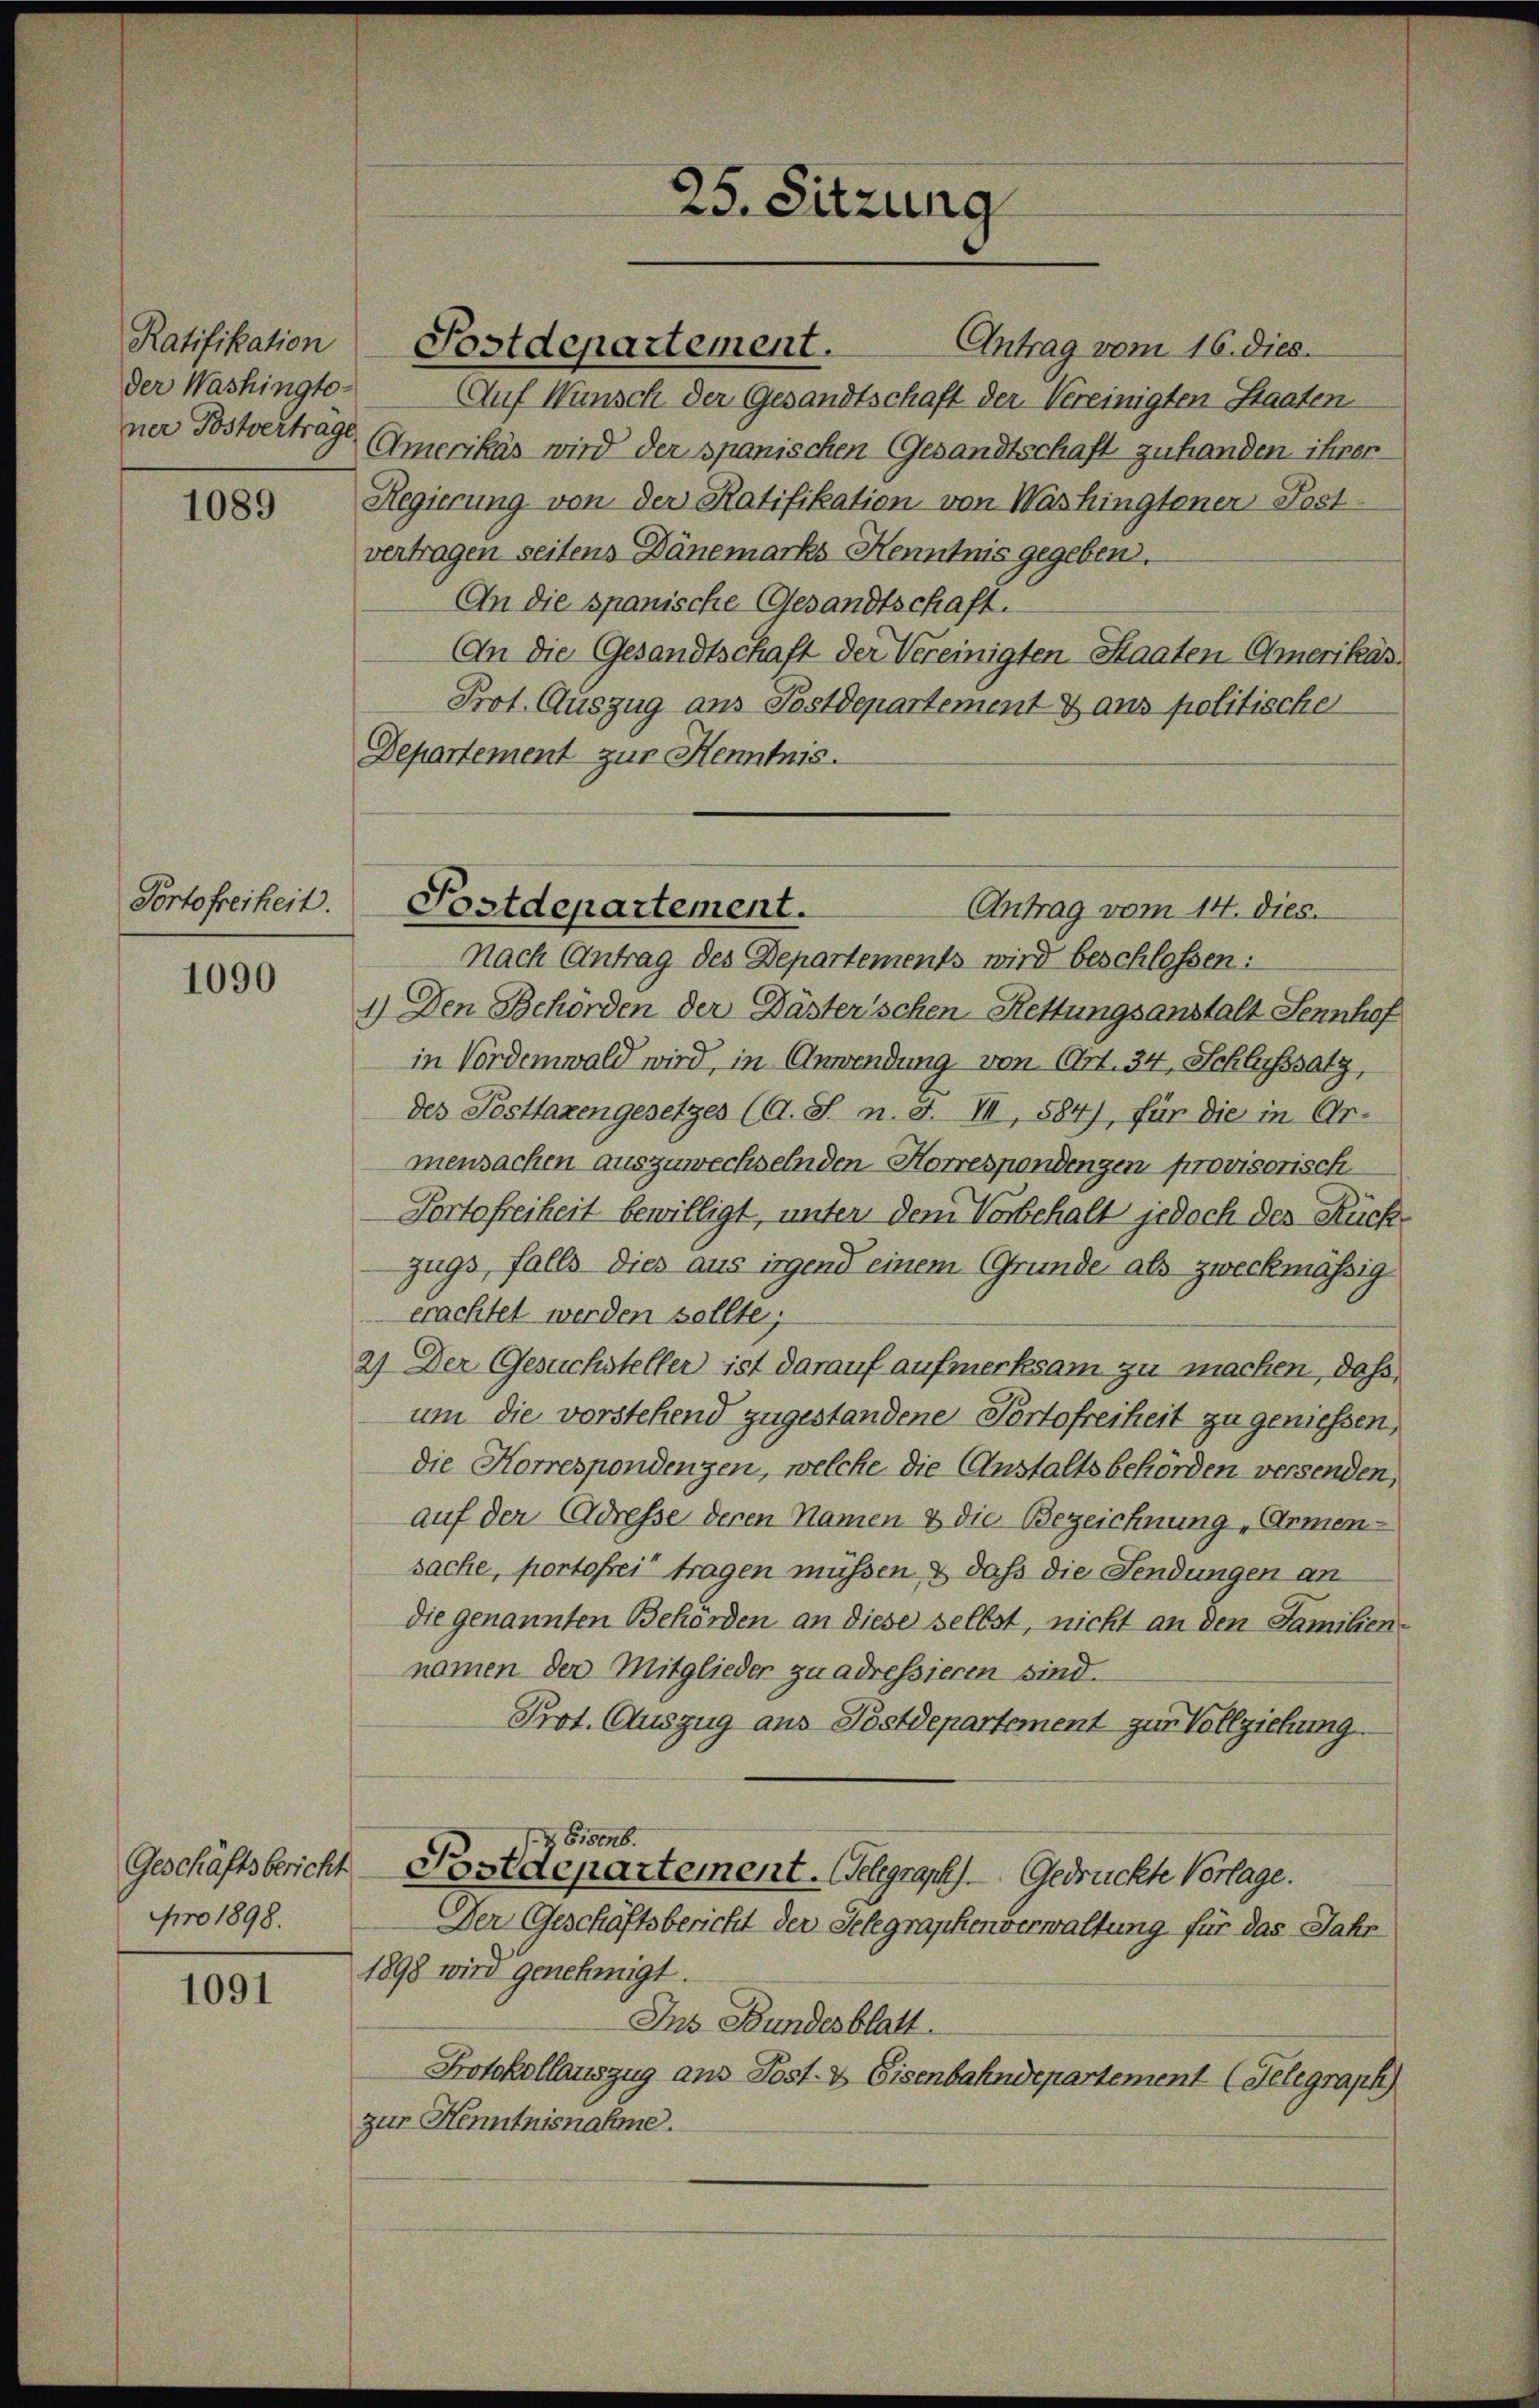
Ratifikation
der Washingto-

1089

Portofreiheit.

1090

Geschäftsbericht
pro 1898.

1091

Auf Wunsch der Gesandtschaft der Vereinigten Staaten
ner Postvertrage Amerikas wird der spanischen Gesandtschaft zu handen ihrer¬
Regierung von der Ratifikation von Washingtoner Post-
vertragen seitens Dänemarks Kenntnis gegeben.
An die spanische Gesandtschaft.
An die Gesandtschaft der Vereinigten Staaten Amerikar
Prot. Auszug aus Postdepartement & aus politische
Departement zur Henntnis.

Postdepartement. Antrag vom 16. dies

25. Sitzung

Postdepartement.
Antrag vom 14. dies.

Nach Antrag des Departements wird beschlossen:
1.) Den Behörden der Dästerischen Rettungsanstalt Sennhof
in Vordemwald wird, in Anwendung von Art. 34, Schlusssatz,
des Posttaxengesetzes (d. S. n. F. VII, 1884), für die in Ar-
mensachen auszuwechselnden Korrespondingen provisorisch-
Portofreiheit bewilligt, unter dem Vorbehalt jedoch des Rückzugs, falls dies aus irgend einem Grunde als zweckmässig
erachtet werden sollte;
2) Der Gesuchsteller ist darauf aufmerksam zu machen, daß
um die vorstehend zugestandene Portofreiheit zu geniessen,
die Korrespondenzen, welche die Anstaltsbehörden versenden,
auf der Adresse deren Namen & die Bezeichnung „Armen-
sache, portofrei tragen müssen & daß die Fendungen an
die genannten Behörden an diese selbst, nicht an den Familien-
namen der Mitglieder zu adressieren sind.
Prot. Auszug aus Postdepartement zur Vollziehung
Z 608.
Bstdepartement. Gelegraph Gedrückte Vorlage.
Der Geschäftsbericht der Selegraphenverwaltung für das Jahr
1898 wird genehmigt.
Ins Bundesblatt
Protokollauszug aus Post- & Eisenbahndepartement (Telegraph
zur Henntnisnahme.